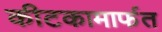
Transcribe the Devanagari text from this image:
कीटकामार्फत